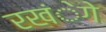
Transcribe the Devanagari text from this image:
रखंेगे